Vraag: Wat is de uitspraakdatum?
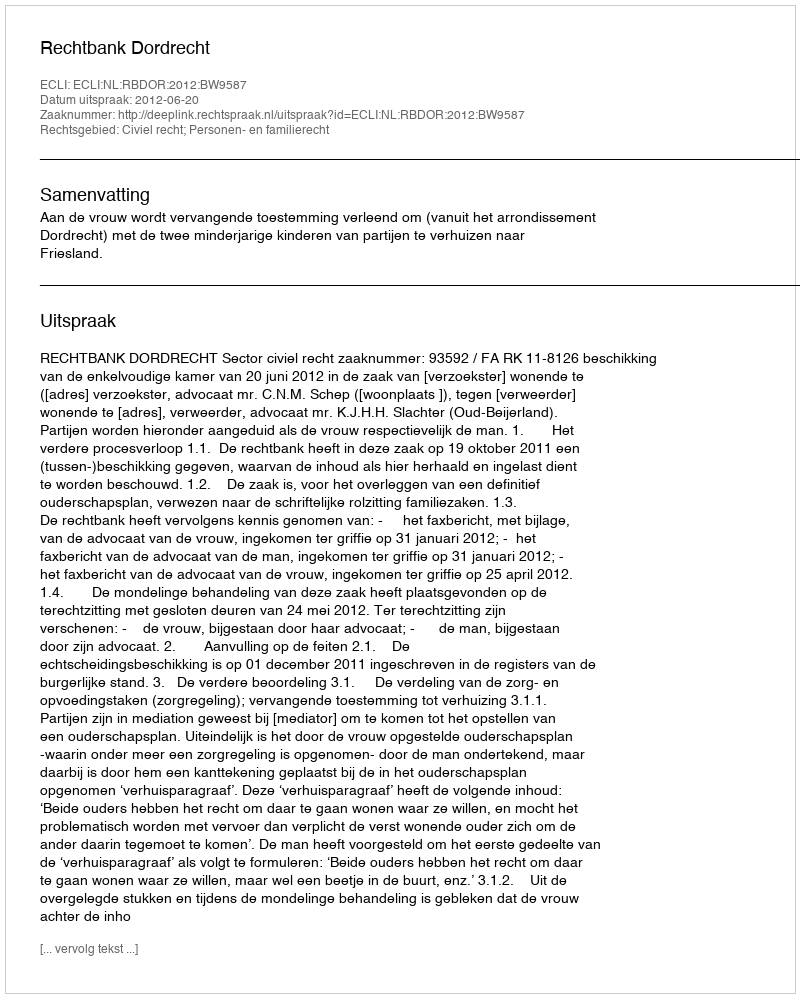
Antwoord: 2012-06-20